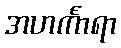
အဟင်္ကာရာ